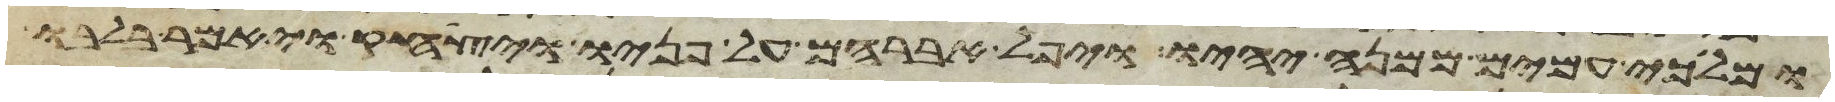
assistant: ומלכי עמים ממנה יהיו ויפל אברהם על פניו ויצחק ויאמר בלבו